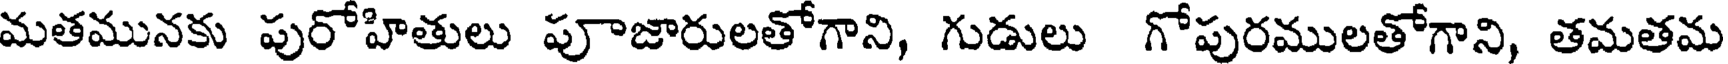
మతమునకు పురోహితులు పూజారులతోగాని, గుడులు గోపురములతోగాని, తమతమ